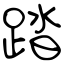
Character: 踏